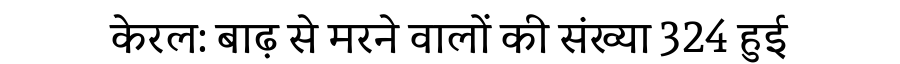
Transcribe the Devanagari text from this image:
केरल: बाढ़ से मरने वालों की संख्या 324 हुई